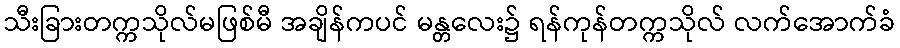
သီးခြားတက္ကသိုလ်မဖြစ်မီ အချိန်ကပင် မန္တလေး၌ ရန်ကုန်တက္ကသိုလ် လက်အောက်ခံ